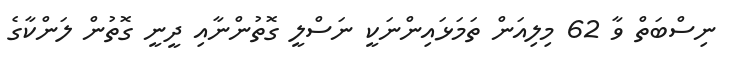
ނިސްބަތް ވާ 62 މިލިއަން ތަމަޅައިންނަކީ ނަސްލީ ގޮތުންނާއި ދީނީ ގޮތުން ލަންކާގެ